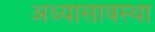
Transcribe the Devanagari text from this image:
अध्यासावस्था